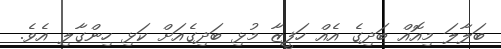
ބަލާލަ މިއޮއް ބަދިގެ އެއް ހަފީޒާ މުޅި ބަދިގެއަށް ކަޅި ހިންގާލި އެވެ.